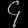
Digit: ၄